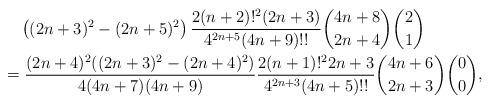
LaTeX: \begin{align*} & \quad\left((2n+3)^{2}-(2n+5)^{2}\right)\frac{2(n+2)!^{2}(2n+3)}{4^{2n+5}(4n+9)!!}\binom{4n+8}{2n+4}\binom{2}{1}\\ & =\frac{(2n+4)^{2}((2n+3)^{2}-(2n+4)^{2})}{4(4n+7)(4n+9)}\frac{2(n+1)!^{2}2n+3}{4^{2n+3}(4n+5)!!}\binom{4n+6}{2n+3}\binom{0}{0},\end{align*}